Report on malaria in the Punjab during the year ...  together with an account of the work of the Punjab Malaria Bureau - Volume 5
Disease focus: Malaria
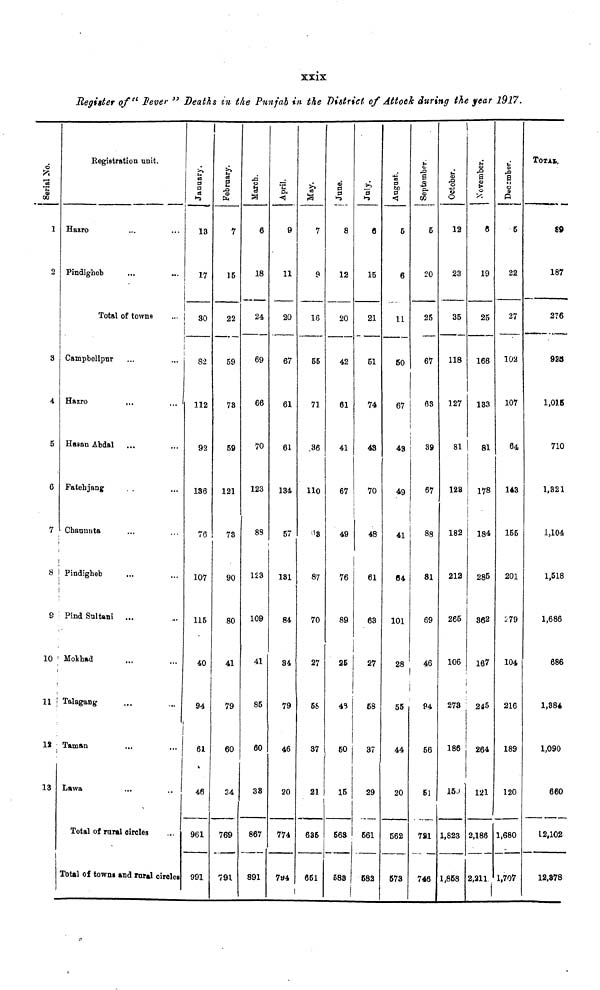
xxix
Register of " Sever " Deaths in the Punjab in the District of Attock during the year 1917.
Serial No.
1
2
3
4
5
6
7
8
0
10
11
12
13
1
Registration unit.
Hazro
Pindigheb
...
...
Total of towns
Campbellpur
Hazro
Hasan Abdal
Fatehjang
Chaunnta
Pindigheb
Pind Sultani
Mokhad
Talagang
Taman
Lawa
...
...
...
...
...
...
...
...
...
Total of rural circles
...
...
...
...
...
...
...
...
...
Total of towns and rural circles
January.
13
17
30
82
112
92
136
76
107
115
40
94
61
46
961
991
February.
7
15
22
59
73
59
121
73
90
80
41
79
60
34
769
791
March.
6
18
24
69
66
70
123
8S
123
109
41
85
60
38
867
891
April.
9
11
20
67
61
61
134
57
131
84
34
79
46
20
774
794
May.
7
9
16
55
71
36
110
48
87
70
27
58
37
21
635
651
June.
8
12
20
42
61
41
67
49
76
89
25
48
50
15
563
583
July.
6
15
21
51
74
43
70
48
61
63
27
58
37
29
561
582
5
6
11
50
67
43
49
41
64
101
28
55
44
20
562
573
September.
5
20
25
67
63
39
67
88
81
69
46
94
56
51
7S1
746
October.
12
23
35
118
127
81
128
182
212
265
106
273
186
150
1,823
1,868
November.
6
19
25
166
133
81
178
184
285
362
167
245
264
121
2,186
2,211
5
22
27
102
107
64
143
155
201
179
104
216
189
120
1,680
1,707
TOTAI.
89
187
276
928
1,016
710
1,321
1,104
1,518
1,686
686
1,384
1,090
660
12,102
12,378